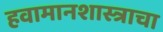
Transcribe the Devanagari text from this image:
हवामानशास्त्राचा